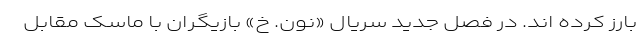
بارز کرده اند. در فصل جدید سریال «نون. خ» بازیگران با ماسک مقابل